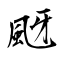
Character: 颬